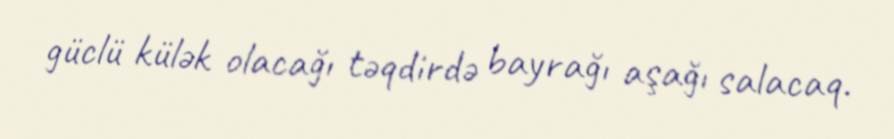
güclü külək olacağı təqdirdə bayrağı aşağı salacaq.